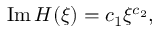
\mathrm { I m } \, { \cal H } ( \xi ) = c _ { 1 } \xi ^ { c _ { 2 } } ,